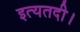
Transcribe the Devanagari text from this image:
इत्यतदी।